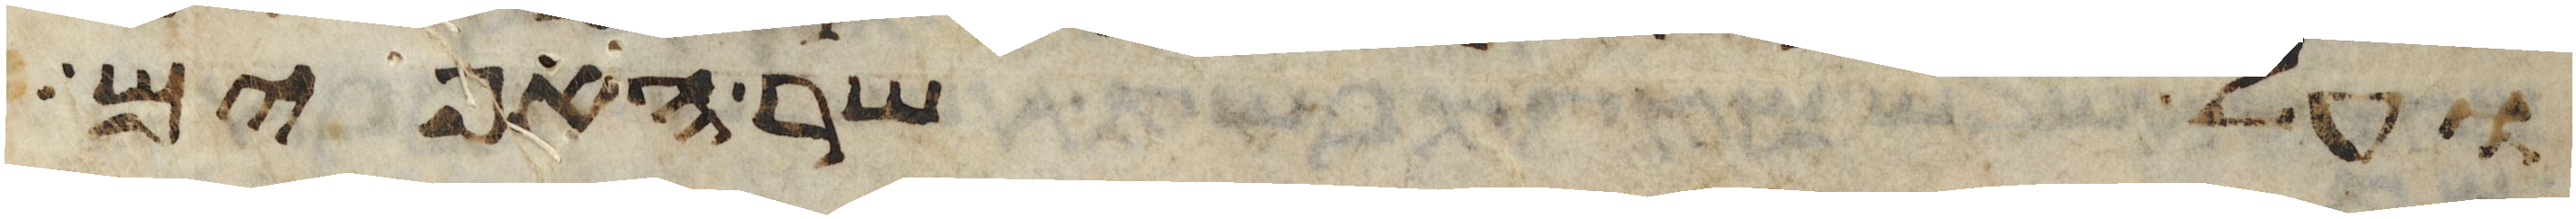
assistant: ועל שר האפים